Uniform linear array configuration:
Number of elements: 16
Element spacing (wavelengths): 0.5
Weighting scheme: exponential
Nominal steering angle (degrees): -60
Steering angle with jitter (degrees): -58.839
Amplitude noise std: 0.05
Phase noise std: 0.05

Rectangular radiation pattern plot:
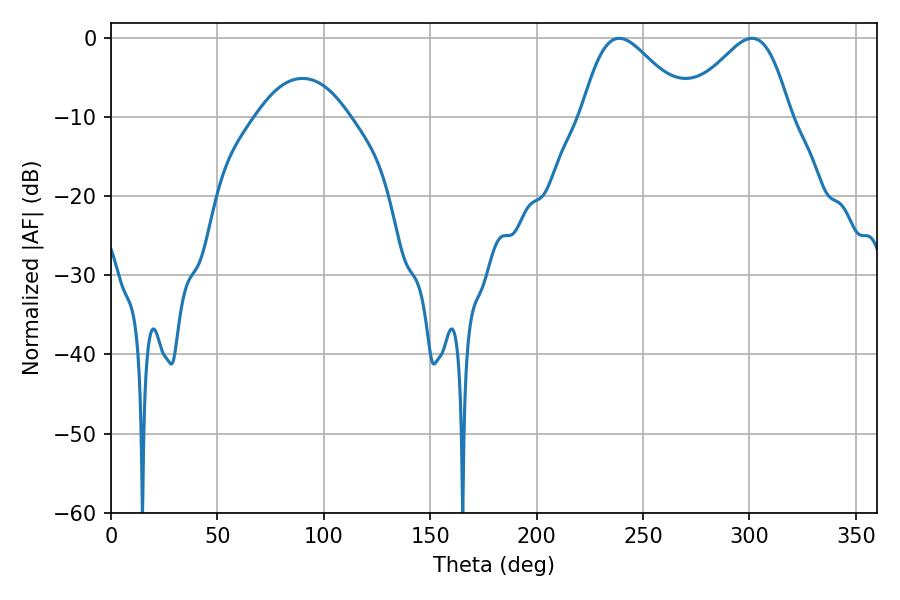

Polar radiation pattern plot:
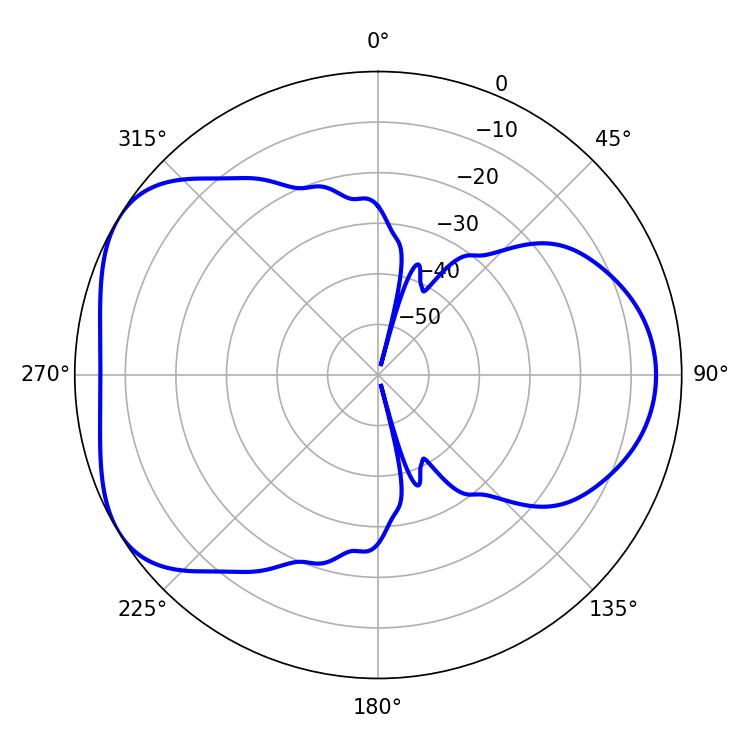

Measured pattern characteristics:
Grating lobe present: FALSE
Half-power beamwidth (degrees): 26.1
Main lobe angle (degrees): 238.86